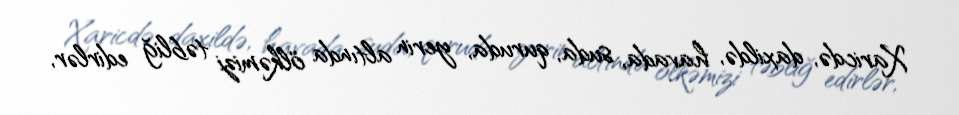
Xaricdə, daxildə, havada, suda, quruda, yerin altında ölkəmizi təbliğ edirlər,